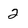
Character: 2